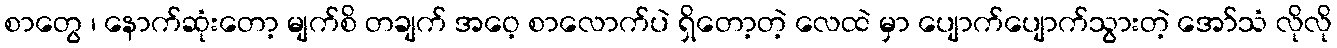
စာတွေ ၊ နောက်ဆုံးတော့ မျက်စိ တချက် အဝေ့ စာလောက်ပဲ ရှိတော့တဲ့ လေထဲ မှာ ပျောက်ပျောက်သွားတဲ့ အော်သံ လိုလို